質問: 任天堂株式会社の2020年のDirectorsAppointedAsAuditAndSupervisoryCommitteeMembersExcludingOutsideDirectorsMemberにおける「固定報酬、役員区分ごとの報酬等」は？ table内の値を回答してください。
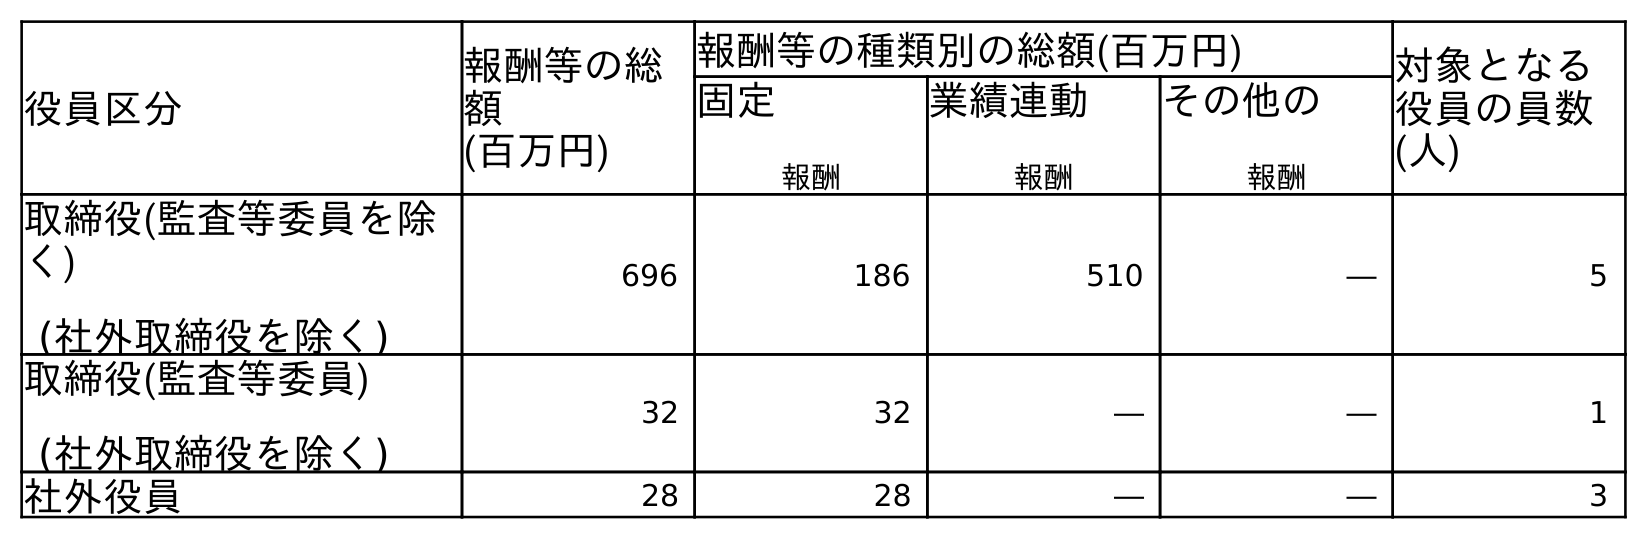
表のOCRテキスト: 役員区分 報酬等の総 額 (百万円) 報酬等の種類別の総額(百万円) 対象となる 役員の員数 (人) 固定 報酬 業績連動 報酬 その他の 報酬 取締役(監査等委員を除 く) (社外取締役を除く) 696 186 510 ― 5 取締役(監査等委員) (社外取締役を除く) 32 32 ― ― 1 社外役員 28 28 ― ― 3
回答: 32